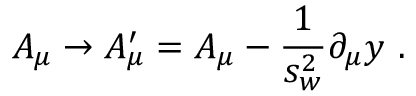
{ \cal A } _ { \mu } \rightarrow { \cal A } _ { \mu } ^ { \prime } = { \cal A } _ { \mu } - \frac { 1 } { s _ { w } ^ { 2 } } \partial _ { \mu } y \, \, .